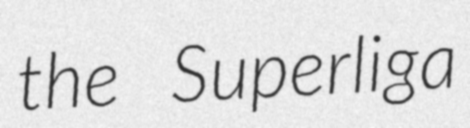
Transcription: the Superliga